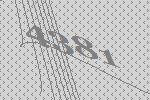
4381